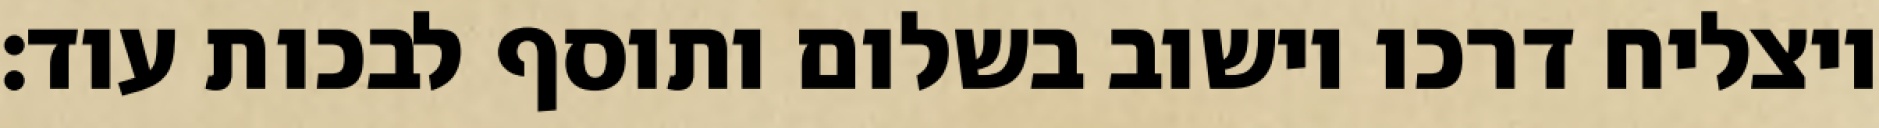
ויצליח דרכו וישוב בשלום ותוסף לבכות עוד: